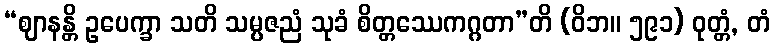
“ဈာနန္တိ ဥပေက္ခာ သတိ သမ္ပဇညံ သုခံ စိတ္တဿေကဂ္ဂတာ”တိ (ဝိဘ။ ၅၉၁) ဝုတ္တံ, တံ